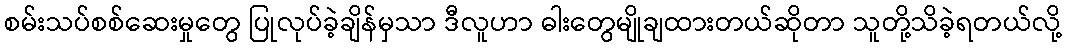
စမ်းသပ်စစ်ဆေးမှုတွေ ပြုလုပ်ခဲ့ချိန်မှသာ ဒီလူဟာ ဓါးတွေမျိုချထားတယ်ဆိုတာ သူတို့သိခဲ့ရတယ်လို့